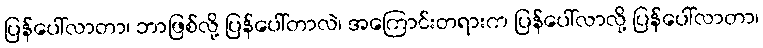
ပြန်ပေါ်လာတာ၊ ဘာဖြစ်လို့ ပြန်ပေါ်တာလဲ၊ အကြောင်းတရားက ပြန်ပေါ်လာလို့ ပြန်ပေါ်လာတာ၊